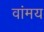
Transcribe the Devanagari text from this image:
वांमय